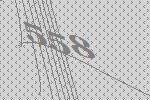
558